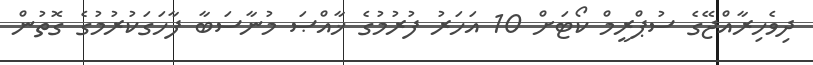
ދިވެހިރާއްޖޭގެ ސުޕްރީމް ކޯޓަށް 10 އަހަރު ފުރުމުގެ ޚާއްޞަ މުނާސަބާ ފާހަގަކުރުމުގެ ގޮތުން